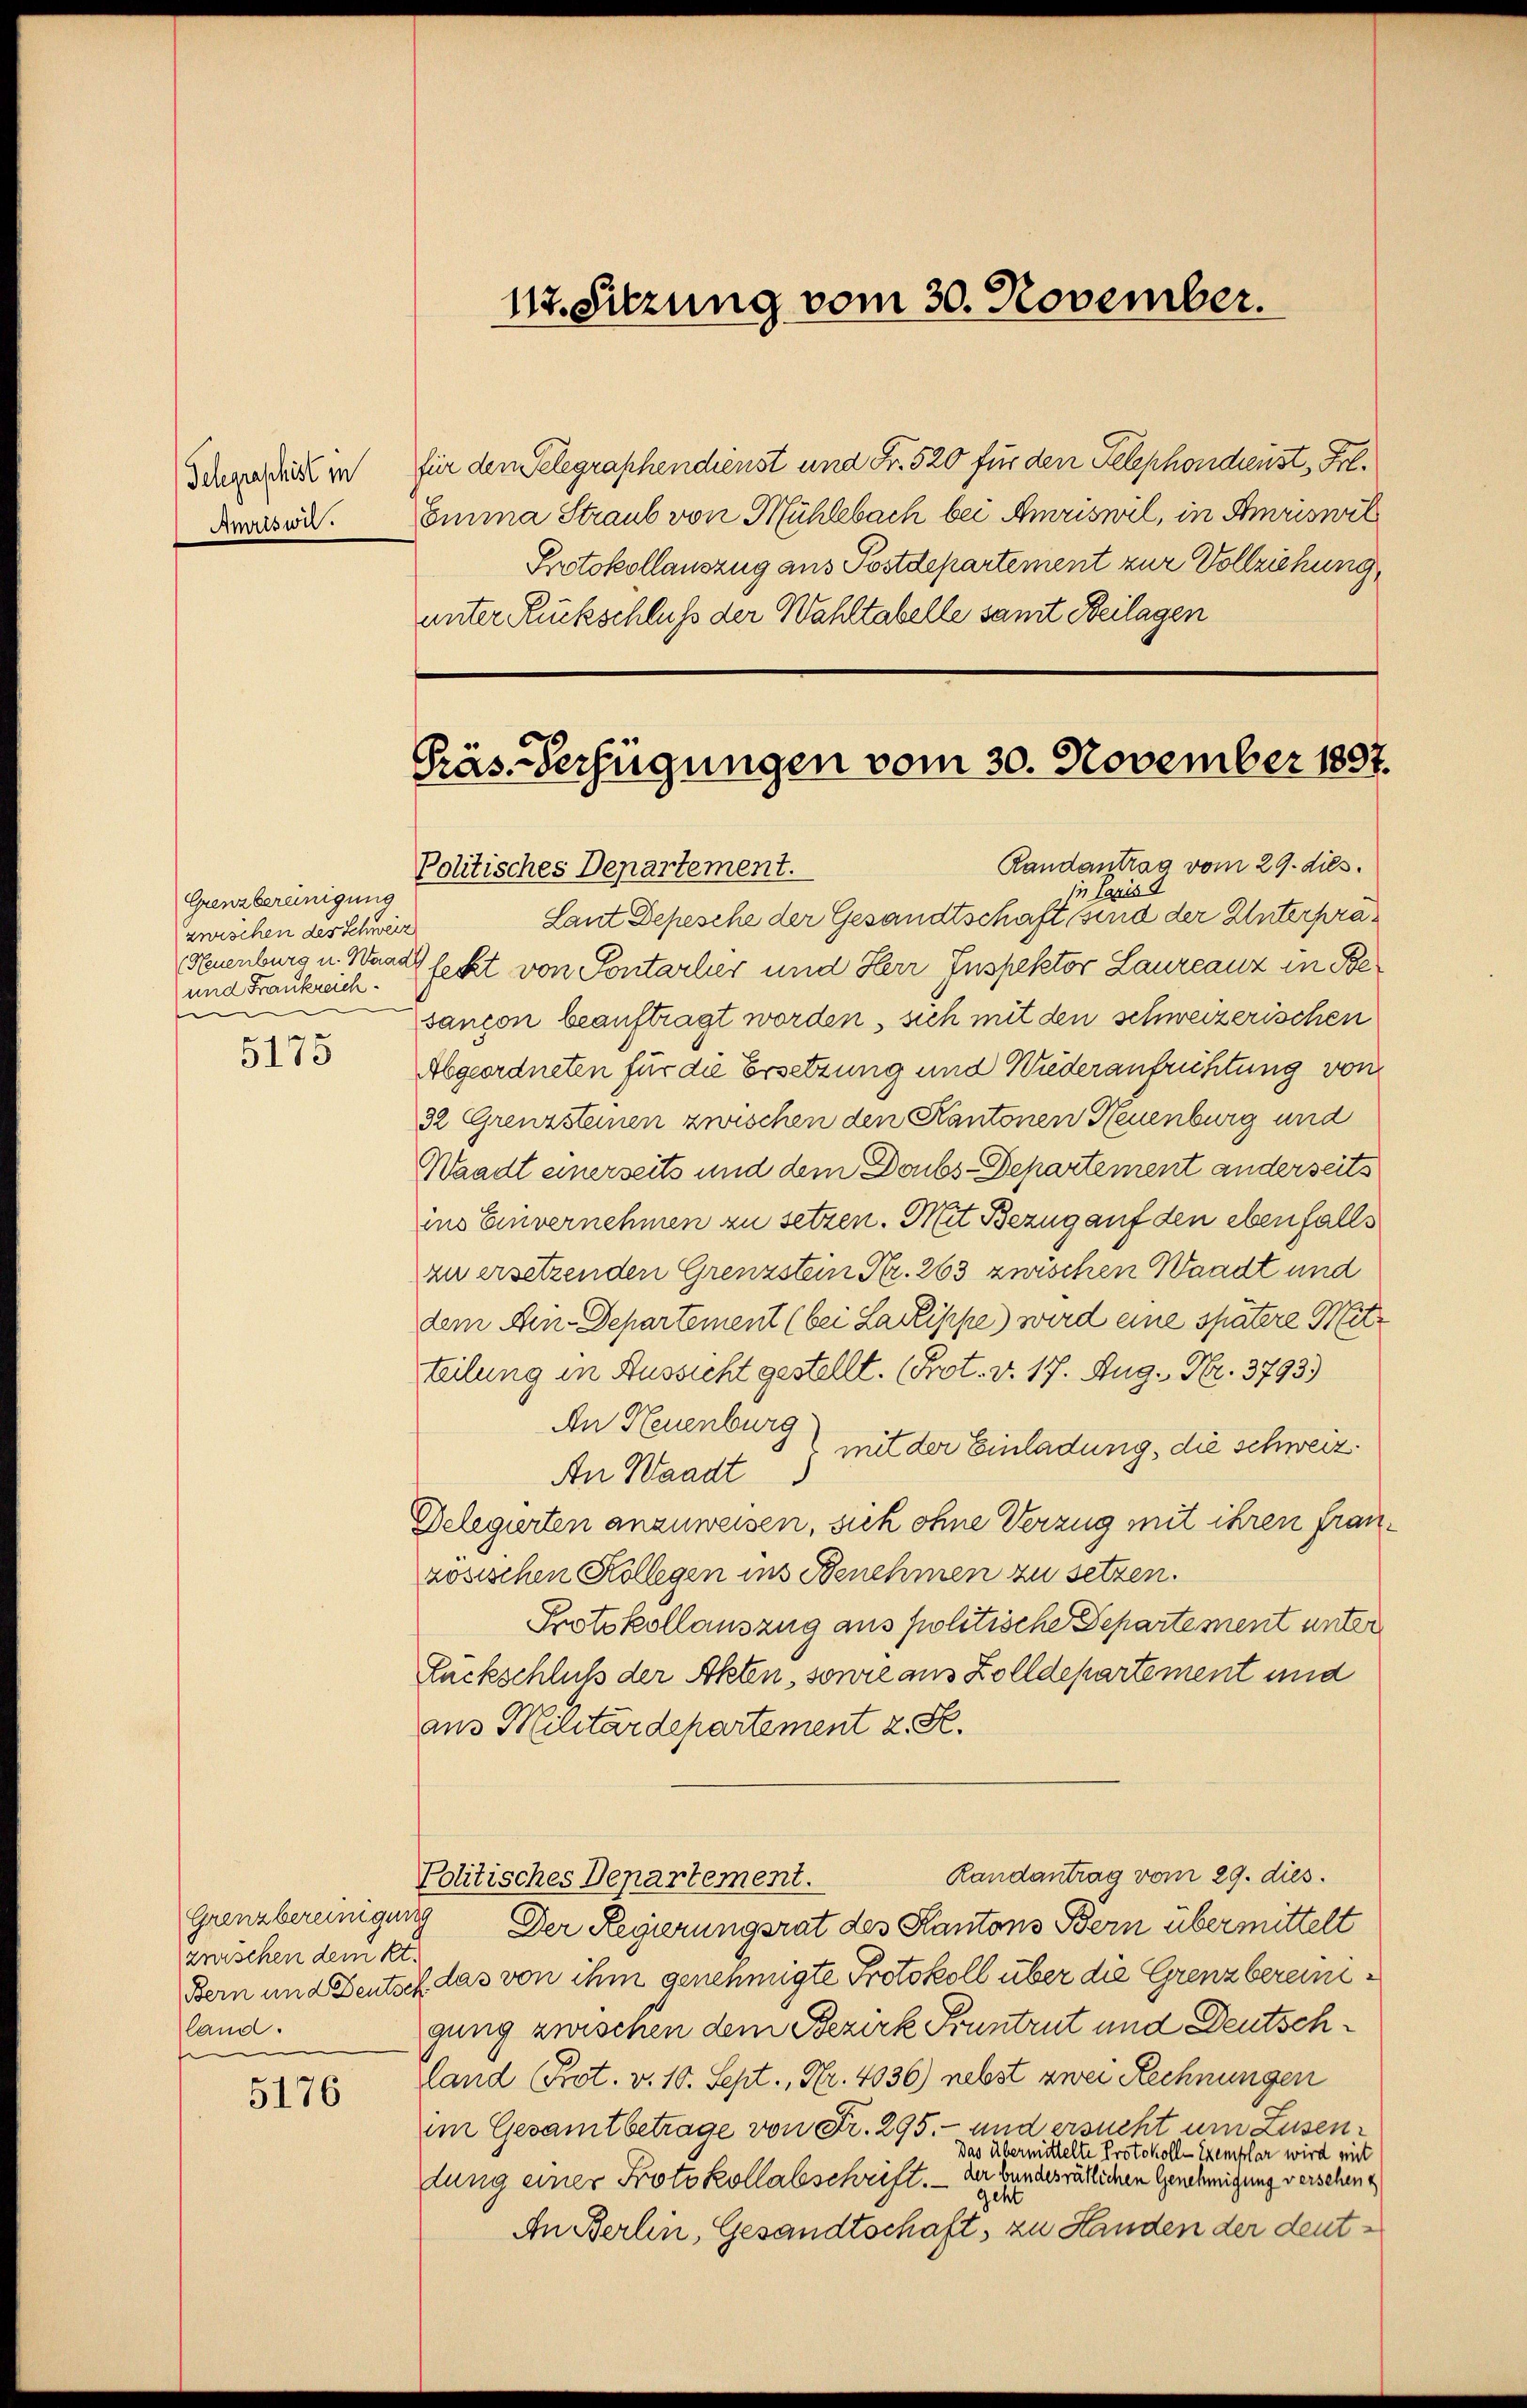
Telegraschisl in
Amrision.

5176

Grenzbereinigung
zwischen des Schweiz
und Frankreich.
e
5175

für den Telegraphendienst und Fr. 520 für den Telephondreust, Frl.
Emma Straub von Mühlebach bei Amriswil, in Amriswil
Protokollauszug aus Postdepartement zur Vollziehung,
unter Rückschluß der Wahltabelle samt Beilagen

zwischen dem kr.
land.

112. Sitzung vom 30. November.

Präs.-Verfügungen vom 30. November 1897.

Randantrag vom 29. dies
Politisches Departement.
in Paris d
Laut Depesche der Gesandtschaft sind der Unterpra¬
Neuenburg u. Waadt fecht von Pontarlier und Herr Inspektor Laureauz in Besançon beauftragt worden, sich mit den schweizerischen
Abgeordneten für die Ersetzung und Wiederaufrichtung von
32 Grenzsteinen zwischen den Kantonen Neuenburg und
Waadt einerseits und dem Doubs-Departement anderseits
ins Einvernehmen zu setzen. Mit Bezug auf den ebenfalls
zu ersetzenden Grenzstein Nr. 263 zwischen Waadt und
dem Ain-Departement (bei Lackippe) wird eine spätere Mitteilung in Aussicht gestellt. (Prot. v. 17. Aug., Nr. 3793)
An Neuenburg
 mit der Einladung, die schweiz.
An Waadt
Delegierten anzuweisen, sich ohne Verzug mit ihren französischen Kollegen ins Benehmen zu setzen.
Protokollauszug aus politische Departement unter
Rückschluß der Akten, sowie aus Zolldepartement und
aus Militärdepartement z. S.
Randantrag vom 29. dies
Politisches Departement.
Grenzbereinigung Der Regierungsrat des Kantons Bern übermittelt
Bern und Deutsch das von ihm genehmigte Protokoll über die Grenzbereinigung zwischen dem Bezirk Pruntrut und Deutschland Prot. v. 10. Sept., Nr. 4036) nebst zwei Rechnungen
im Gesamtbetrage von Fr. 295. - und ersucht um Zusen¬
Das übermittelte Protokoll-Exemplar wird mit
dung einer Protokollabschrift. — Der bundesrätlichen Genehmigung versehen,
geht
An Berlin, Gesandtschaft, zu Handen der deut¬